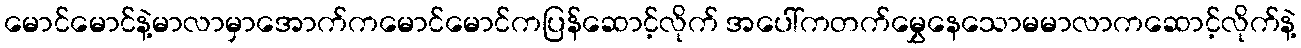
မောင်မောင်နဲ့မာလာမှာအောက်ကမောင်မောင်ကပြန်ဆောင့်လိုက် အပေါ်ကတက်မွှေနေသောမမာလာကဆောင့်လိုက်နဲ့